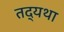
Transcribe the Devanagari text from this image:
तद्यथा